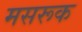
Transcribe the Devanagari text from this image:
मसरूक